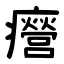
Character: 㿘